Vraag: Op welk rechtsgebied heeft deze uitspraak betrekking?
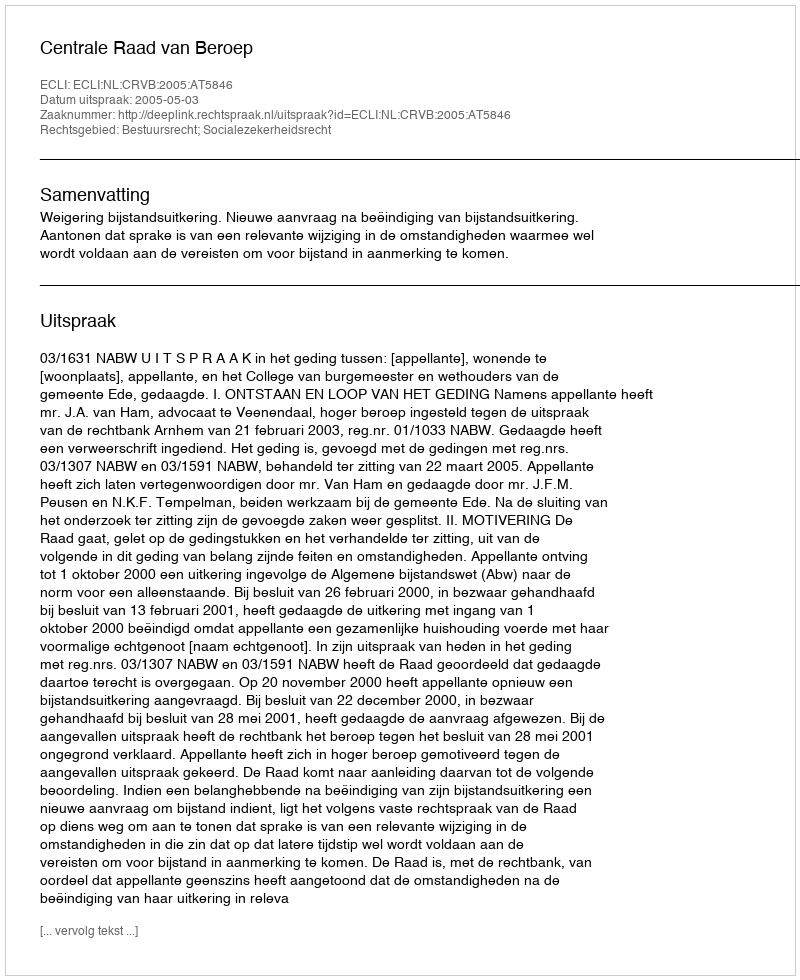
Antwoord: Bestuursrecht; Socialezekerheidsrecht